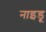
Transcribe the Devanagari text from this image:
नाइडू